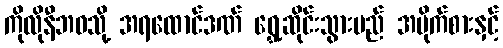
ကိုလိုနီဘဝသို့ အရထောင်ဒဏ် ရွှေ့ဆိုင်းသွားမည် အမိုက်စားနှင့်